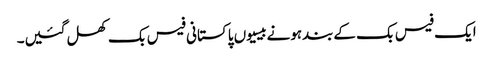
ایک فیس بک کےبندہونےبیسیوں پاکستانی فیس بک کھل گئیں۔